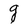
Character: g